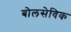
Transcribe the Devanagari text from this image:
बोलसेविक